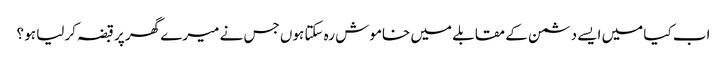
اب کیا میں ایسے دشمن کے مقابلے میں خاموش رہ سکتا ہوں جس نے میرے گھر پر قبضہ کرلیا ہو ؟